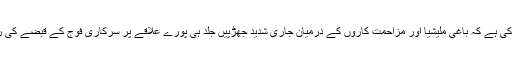
ذرائع نے امید ظاہر کی ہے کہ باغی ملیشیا اور مزاحمت کاروں کے درمیان جاری شدید جھڑپیں جلد ہی پورے علاقے پر سرکاری فوج کے قبضے کی راہ ہموار کر دیں گی۔